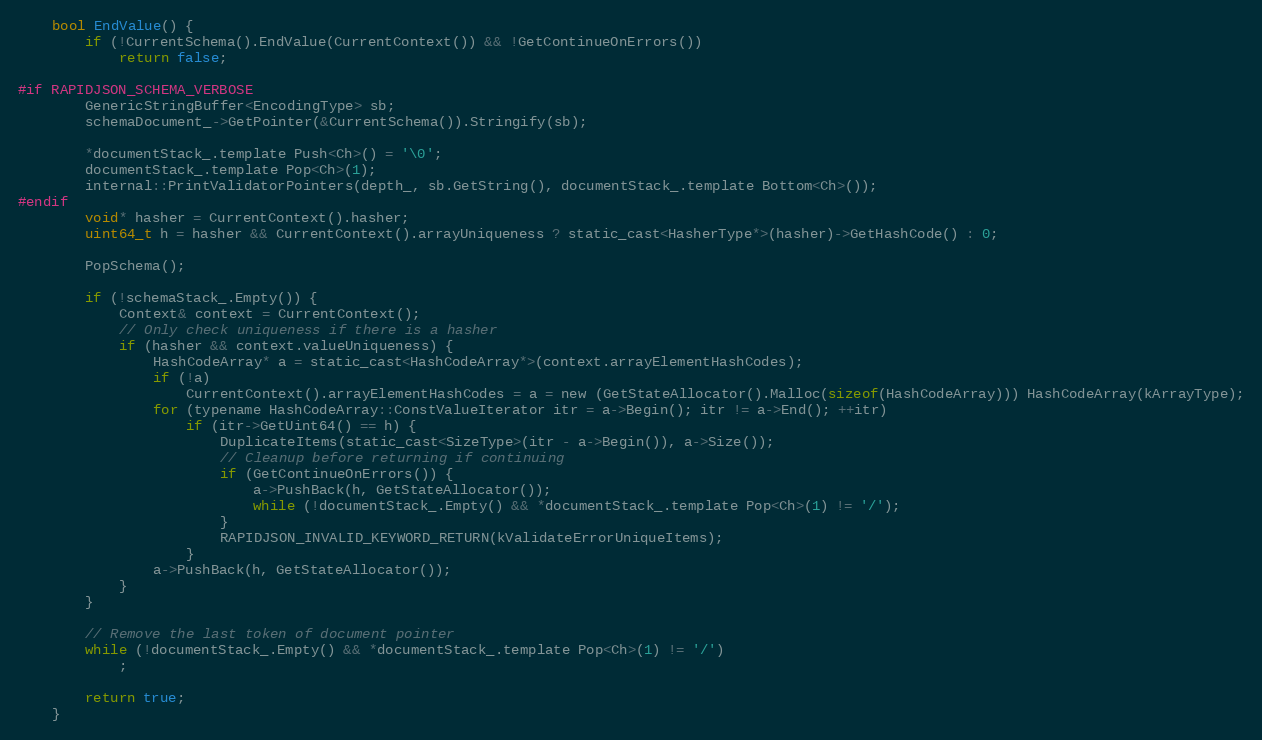
Language: C
    bool EndValue() {
        if (!CurrentSchema().EndValue(CurrentContext()) && !GetContinueOnErrors())
            return false;

#if RAPIDJSON_SCHEMA_VERBOSE
        GenericStringBuffer<EncodingType> sb;
        schemaDocument_->GetPointer(&CurrentSchema()).Stringify(sb);

        *documentStack_.template Push<Ch>() = '\0';
        documentStack_.template Pop<Ch>(1);
        internal::PrintValidatorPointers(depth_, sb.GetString(), documentStack_.template Bottom<Ch>());
#endif
        void* hasher = CurrentContext().hasher;
        uint64_t h = hasher && CurrentContext().arrayUniqueness ? static_cast<HasherType*>(hasher)->GetHashCode() : 0;

        PopSchema();

        if (!schemaStack_.Empty()) {
            Context& context = CurrentContext();
            // Only check uniqueness if there is a hasher
            if (hasher && context.valueUniqueness) {
                HashCodeArray* a = static_cast<HashCodeArray*>(context.arrayElementHashCodes);
                if (!a)
                    CurrentContext().arrayElementHashCodes = a = new (GetStateAllocator().Malloc(sizeof(HashCodeArray))) HashCodeArray(kArrayType);
                for (typename HashCodeArray::ConstValueIterator itr = a->Begin(); itr != a->End(); ++itr)
                    if (itr->GetUint64() == h) {
                        DuplicateItems(static_cast<SizeType>(itr - a->Begin()), a->Size());
                        // Cleanup before returning if continuing
                        if (GetContinueOnErrors()) {
                            a->PushBack(h, GetStateAllocator());
                            while (!documentStack_.Empty() && *documentStack_.template Pop<Ch>(1) != '/');
                        }
                        RAPIDJSON_INVALID_KEYWORD_RETURN(kValidateErrorUniqueItems);
                    }
                a->PushBack(h, GetStateAllocator());
            }
        }

        // Remove the last token of document pointer
        while (!documentStack_.Empty() && *documentStack_.template Pop<Ch>(1) != '/')
            ;

        return true;
    }